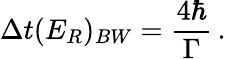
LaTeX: \Delta t(E_{R})_{BW}={\frac{4\hbar}{\Gamma}}\, .